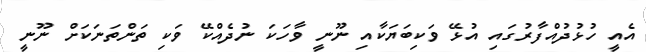
އެއީ ހުޅުދުއްފާރުގައި އުޅޭ ވަކިބަޔަކާއި ނޫނީ ވާހަކަ ނުދެއްކޭ ވަކި ތަންތަނަކަށް ނޫނީ